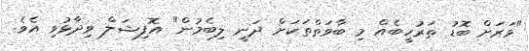
"ވަރަށް ބޮޑު ތަރުހީބެއް މި ބާވަތްތަކަށް ދަނީ ލިބެމުން" އޮފިޝަލް ވިދާޅުވި އެވެ.